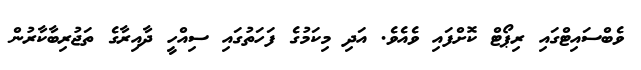
ވެބްސައިޓްގައި ރިޕޯޓް ކޮށްފައި ވެއެވެ. އަދި މިކަމުގެ ފަހަތުގައި ސިއްހީ ދާއިރާގެ ތަޖުރިބާކާރުން